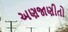
અણજાણીતો